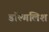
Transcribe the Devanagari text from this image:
डॉल्गलिश